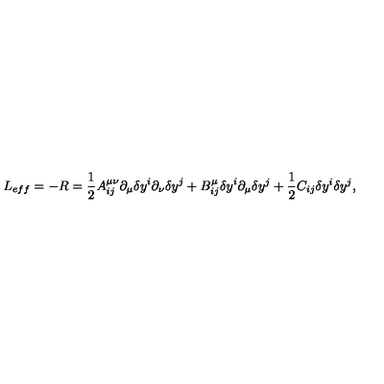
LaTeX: L _ { e f f } = - R = \frac { 1 } { 2 } A _ { i j } ^ { \mu \nu } \partial _ { \mu } { \delta y } ^ { i } \partial _ { \nu } { \delta y } ^ { j } + B _ { i j } ^ { \mu } { \delta y } ^ { i } \partial _ { \mu } \delta y ^ { j } + \frac { 1 } { 2 } C _ { i j } \delta y ^ { i } \delta y ^ { j } ,